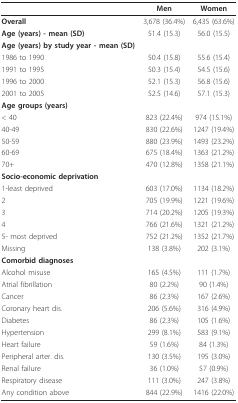
<table><thead><tr><td></td><td><b>Men</b></td><td><b>Women</b></td></tr></thead><tbody><tr><td><b>Overall</b></td><td>3,678 (36.4%)</td><td>6,435 (63.6%)</td></tr><tr><td><b>Age (years) - mean (SD)</b></td><td>51.4 (15.3)</td><td>56.0 (15.5)</td></tr><tr><td><b>Age (years) by study year - mean (SD)</b></td><td></td><td></td></tr><tr><td>1986 to 1990</td><td>50.4 (15.8)</td><td>55.6 (15.4)</td></tr><tr><td>1991 to 1995</td><td>50.3 (15.4)</td><td>54.5 (15.6)</td></tr><tr><td>1996 to 2000</td><td>52.1 (15.3)</td><td>56.8 (15.6)</td></tr><tr><td>2001 to 2005</td><td>52.5 (14.6)</td><td>57.1 (15.3)</td></tr><tr><td><b>Age groups (years)</b></td><td></td><td></td></tr><tr><td>&lt; 40</td><td>823 (22.4%)</td><td>974 (15.1%)</td></tr><tr><td>40-49</td><td>830 (22.6%)</td><td>1247 (19.4%)</td></tr><tr><td>50-59</td><td>880 (23.9%)</td><td>1493 (23.2%)</td></tr><tr><td>60-69</td><td>675 (18.4%)</td><td>1363 (21.2%)</td></tr><tr><td>70+</td><td>470 (12.8%)</td><td>1358 (21.1%)</td></tr><tr><td><b>Socio-economic deprivation</b></td><td></td><td></td></tr><tr><td>1-least deprived</td><td>603 (17.0%)</td><td>1134 (18.2%)</td></tr><tr><td>2</td><td>705 (19.9%)</td><td>1221 (19.6%)</td></tr><tr><td>3</td><td>714 (20.2%)</td><td>1205 (19.3%)</td></tr><tr><td>4</td><td>766 (21.6%)</td><td>1321 (21.2%)</td></tr><tr><td>5- most deprived</td><td>752 (21.2%)</td><td>1352 (21.7%)</td></tr><tr><td>Missing</td><td>138 (3.8%)</td><td>202 (3.1%)</td></tr><tr><td><b>Comorbid diagnoses</b></td><td></td><td></td></tr><tr><td>Alcohol misuse</td><td>165 (4.5%)</td><td>111 (1.7%)</td></tr><tr><td>Atrial fibrillation</td><td>80 (2.2%)</td><td>90 (1.4%)</td></tr><tr><td>Cancer</td><td>86 (2.3%)</td><td>167 (2.6%)</td></tr><tr><td>Coronary heart dis.</td><td>206 (5.6%)</td><td>316 (4.9%)</td></tr><tr><td>Diabetes</td><td>86 (2.3%)</td><td>105 (1.6%)</td></tr><tr><td>Hypertension</td><td>299 (8.1%)</td><td>583 (9.1%)</td></tr><tr><td>Heart failure</td><td>59 (1.6%)</td><td>84 (1.3%)</td></tr><tr><td>Peripheral arter. dis.</td><td>130 (3.5%)</td><td>195 (3.0%)</td></tr><tr><td>Renal failure</td><td>36 (1.0%)</td><td>57 (0.9%)</td></tr><tr><td>Respiratory disease</td><td>111 (3.0%)</td><td>247 (3.8%)</td></tr><tr><td>Any condition above</td><td>844 (22.9%)</td><td>1416 (22.0%)</td></tr></tbody></table>